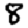
Digit: 8